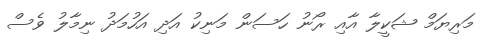
މަރިޔަމް ޝަކީލާ އާއި ރޯނު ހަސަން މަނިކު އަދި އަހުމަދު ނިމާލު ވެސް